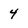
Character: 4